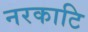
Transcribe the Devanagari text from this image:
नरकाटि